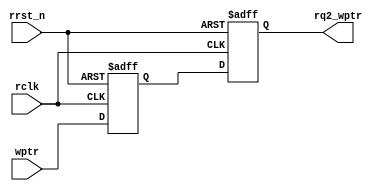
// synchronizer used to pass an n-bit pointer (wptr) from the write clock domain to the read clock domain (rq2_wptr)

module sync_w2r #(parameter ADDRSIZE = 4)
(output reg [ADDRSIZE:0] rq2_wptr,
 input      [ADDRSIZE:0] wptr,
 input                   rclk, rrst_n);

reg [ADDRSIZE:0] rq1_wptr;

always @(posedge rclk or negedge rrst_n)
 if (!rrst_n) 
    {rq2_wptr,rq1_wptr} <= 0;
 else 
    {rq2_wptr,rq1_wptr} <= {rq1_wptr,wptr};
endmodule